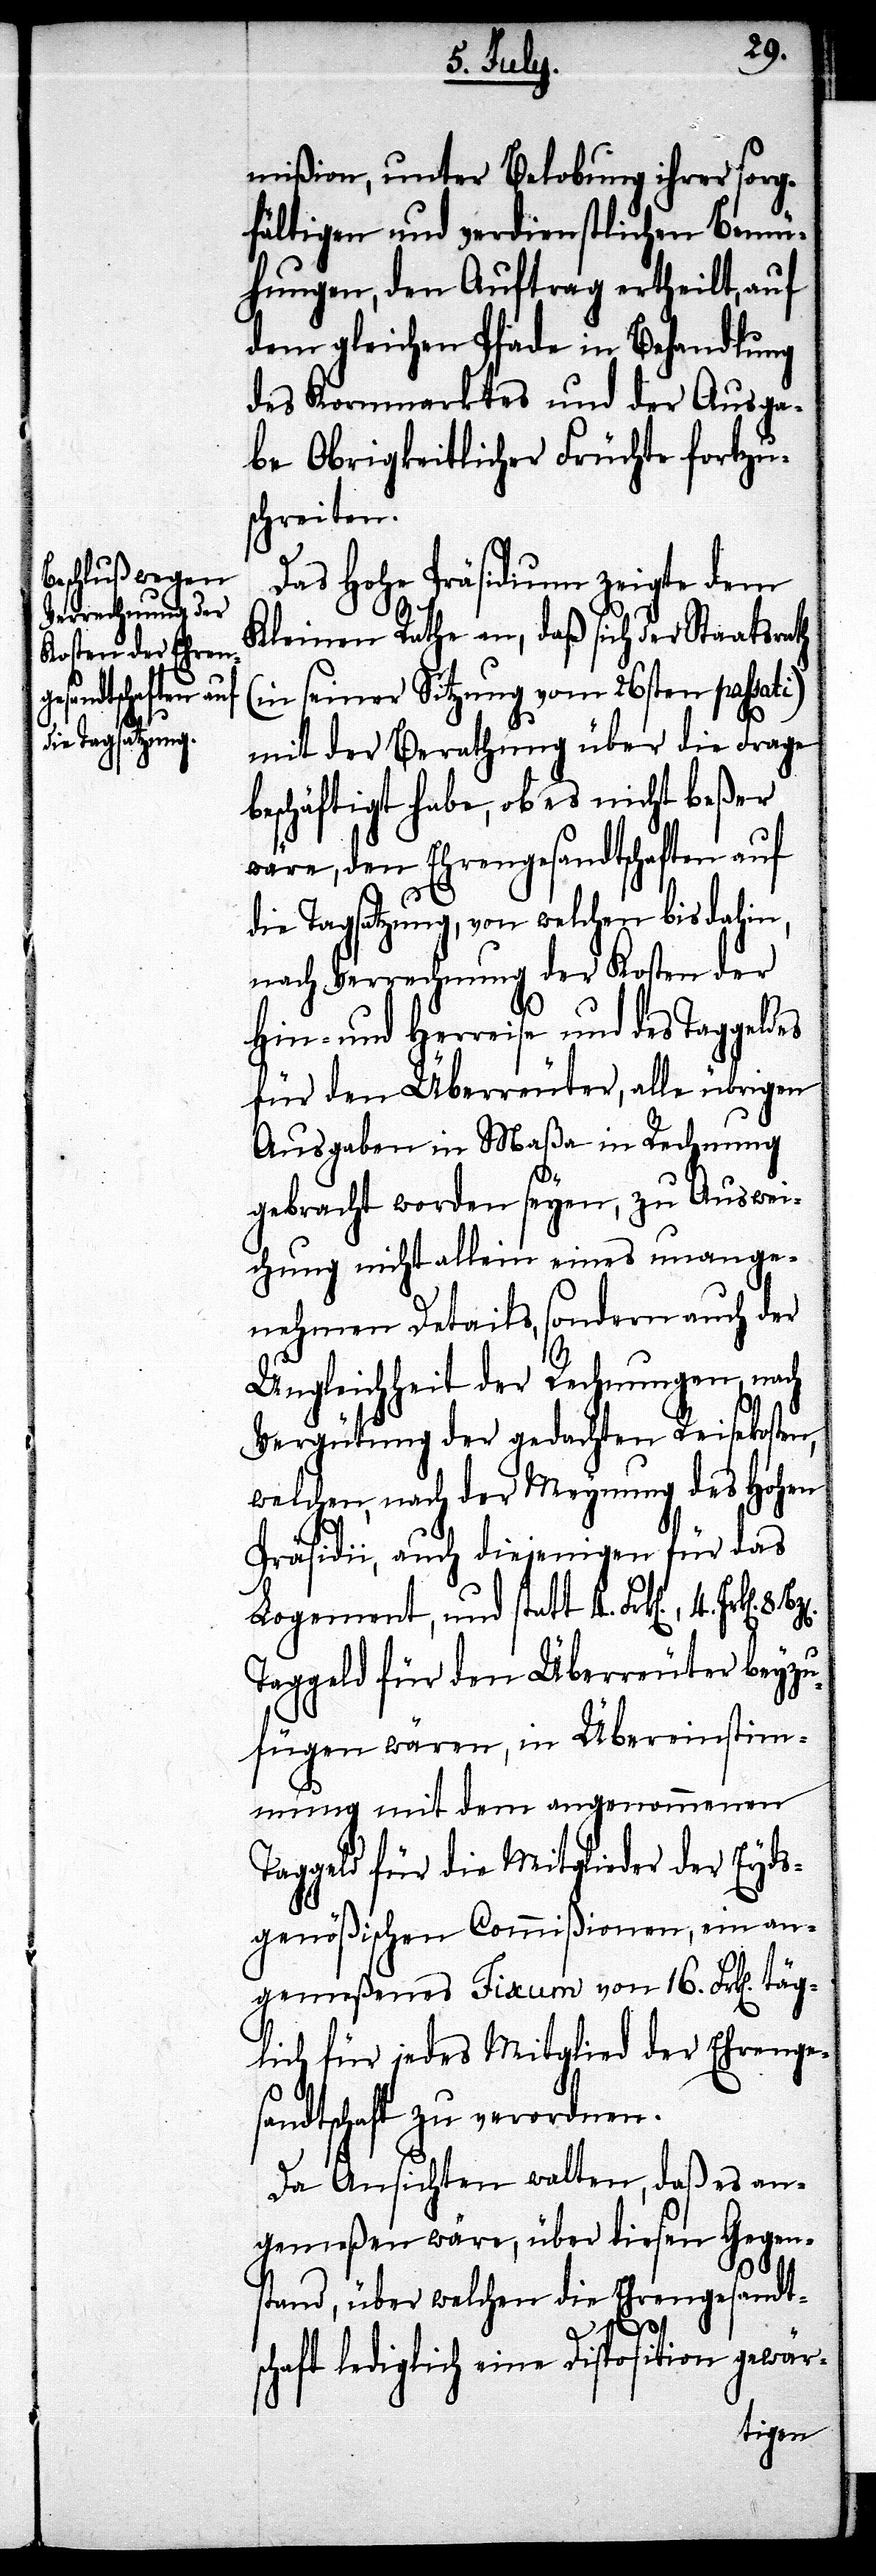
mißion, unter Belobung ihrer sorg¬
fältigen und verdienstlichen Bemü¬
hungen, den Auftrag ertheilt, auf
dem gleichen Pfade in Behandlung
des Kornmarktes und der Ausga¬
be Obrigkeitlicher Früchte fortzu¬
schreiten.
Das Hohe Präsidium zeigte dem
Kleinen Rathe an, daß sich der Staatsrath
(in seiner Sitzung vom 26sten passati)
mit der Berathung über die Frage
beschäftigt habe, ob es nicht beßer
wäre, den Ehrengesandtschaften auf
die Tagsatzung, von welchen bis dahin,
nach Verrechnung der Kosten der
Hin- und Herreise und des Taggeldes
für den Überreuter, alle übrigen
Ausgaben in Maßa in Rechnung
gebracht worden seyen, zu Auswei¬
chung nicht allein eines unange¬
nehmen Details, sondern auch der
4.
Ungleichheit der Rechnungen, nach
Vergütung der gedachten Reisekosten,
welchen, nach der Meynung des Hohen
Präsidii, auch diejenigen für das
Logement, und statt 4. Frk[en].,
Taggeld für den Überreuter beyzu¬
fügen wären, in Übereinstim¬
mung mit dem angenommenen
Taggeld für die Mitglieder der Eyds¬
genößischen Commißonen, ein an¬
gemeßenes Fixum von 16. Frk[en].
lich für jedes Mitglied der Ehrenge¬
sandtschaft zu verordnen.
Da Ansichten walten, daß es an¬
gemeßen wäre, über diesen Gegen¬
stand, über welchen die Ehrengesandt¬
täg¬
schaft lediglich eine Disposition gewär-